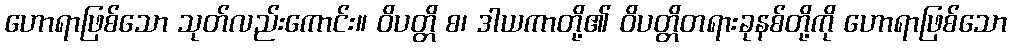
ဟောရာဖြစ်သော သုတ်လည်းကောင်း။ ဝိပတ္တိ စ၊ ဒါယကာတို့၏ ဝိပတ္တိတရားခုနစ်တို့ကို ဟောရာဖြစ်သော